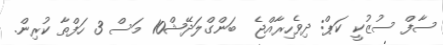
ސާފް ސުޒުކީ ކަޕް: ދިވެހިރާއްޖެ  ބަންގްލަދޭޝް10 މަސް 3 ހަފްތާ ކުރިން.